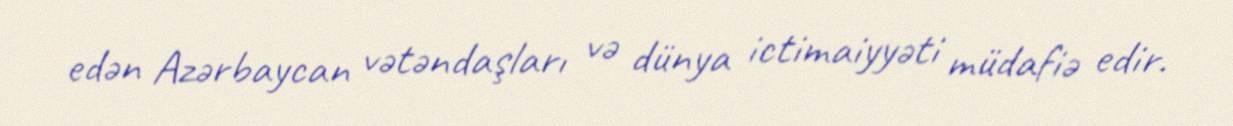
edən Azərbaycan vətəndaşları və dünya ictimaiyyəti müdafiə edir.